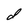
Character: d